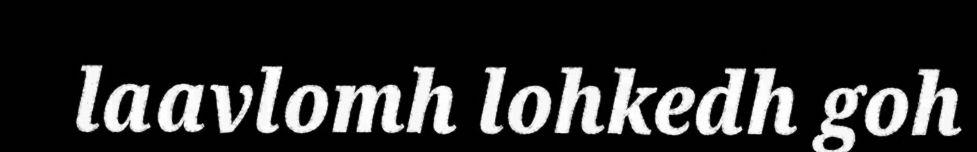
laavlomh lohkedh goh